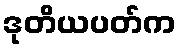
ဒုတိယပတ်က